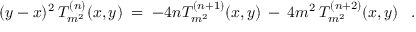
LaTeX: ( y - x ) ^ { 2 } \: T _ { m ^ { 2 } } ^ { ( n ) } ( x , y ) \; = \; - 4 n T _ { m ^ { 2 } } ^ { ( n + 1 ) } ( x , y ) \: - \: 4 m ^ { 2 } \: T _ { m ^ { 2 } } ^ { ( n + 2 ) } ( x , y ) \; \; \; .